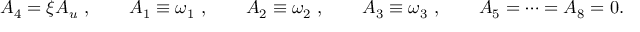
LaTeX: A _ { 4 } = \xi A _ { u } \ , \qquad A _ { 1 } \equiv \omega _ { 1 } \ , \qquad A _ { 2 } \equiv \omega _ { 2 } \ , \qquad A _ { 3 } \equiv \omega _ { 3 } \ , \qquad A _ { 5 } = \dots = A _ { 8 } = 0 .